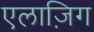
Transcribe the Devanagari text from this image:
एलाज़िग